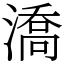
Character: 𣾷